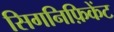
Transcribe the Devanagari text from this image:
सिगनिफ़िकेंट